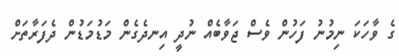
ގެ ވާހަކަ ނިމުނު ފަހުން ވެސް ޖަވާބެއް ނުދީ އިނދެގެން މަޑުމަޑުން ދެފަރާތަށް